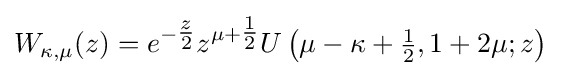
W_{\kappa ,\mu }(z)=e^{-{\tfrac {z}{2}}}z^{\mu +{\tfrac {1}{2}}}U\left(\mu -\kappa +{\tfrac {1}{2}},1+2\mu ;z\right)